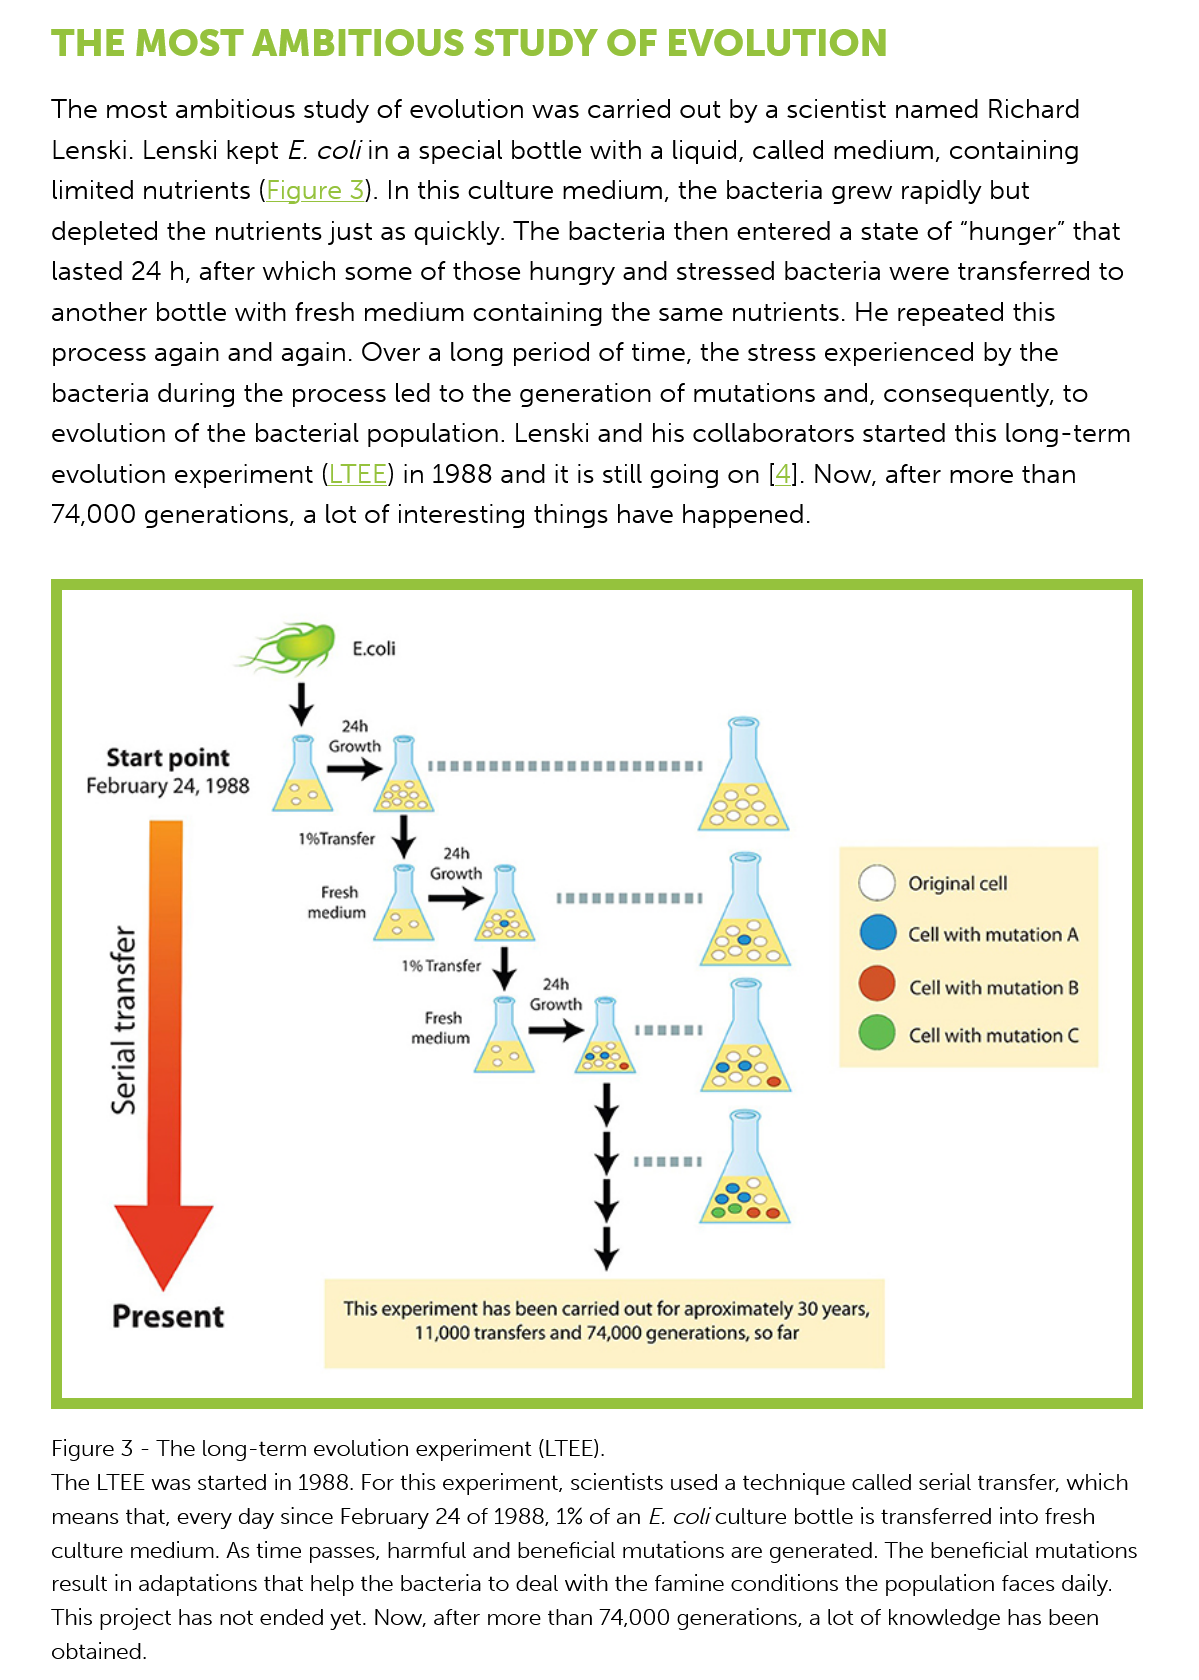
THE    MOST    AMBITIOUS    STUDY    OF    EVOLUTION
     The  most  ambitious study  of evolution was  carried out by a scientist named  Richard
     Lenski. Lenski kept E. coli in a special bottle with a liquid, called medium, containing
     limited nutrients (Figure 3). In this culture medium, the bacteria grew  rapidly but
     depleted  the nutrients just as quickly. The bacteria then entered a state of “hunger” that
     lasted 24 h, after which some  of those  hungry  and stressed  bacteria were transferred to
     another  bottle with fresh medium   containing  the same nutrients.  He repeated  this
     process  again and  again. Over a long period  of time, the stress experienced  by the
     bacteria during the  process led to the generation  of mutations  and, consequently,  to
     evolution of the bacterial population.  Lenski and his collaborators started this long-term
     evolution experiment   (LTEE) in 1988 and it is still going on [4]. Now, after more than
     74,000  generations, a lot of interesting things have happened.
     Start point
     Serial
     transfer
     Present

     Growth
     February 24, 1988

     LBD    Ecol
     Y
     24h

     19Transfer
     A
     Growth
     Fresh    —_    .    '
     medium
     @   Cell with mutation A
     196 Transfer 1
     24h
     ;
     @   Cell with mutation B
     '
     A
     @
     ~~
     @   Original cell

     @   Cell with mutation C
     Growth
     Fresh
     medium A>A

     This experiment has been carried out for aproximately 30 years,
     11,000 transfers and 74,000 generations, so far
     Figure 3
     -
     The long-term evolution experiment (LTEE).
     The LTEE was started in 1988. For this experiment, scientists used a technique called serial transfer, which
     means that, every day since February 24 of 1988, 1% of an E. coli culture bottle is transferred into fresh
     culture medium. As time passes, harmful and beneficial mutations are generated. The beneficial mutations
     result in adaptations that help the bacteria to deal with the famine conditions the population faces daily.
     This project has not ended yet. Now, after more than 74,000 generations, a lot of knowledge has been
     obtained.